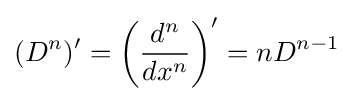
(D^{n})'=\left({{d^{n}} \over {dx^{n}}}\right)'=nD^{n-1}